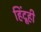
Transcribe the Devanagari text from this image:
हिंदूही